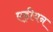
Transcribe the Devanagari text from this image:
एड्रीयन